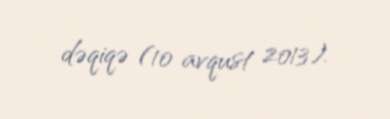
dəqiqə (10 avqust 2013).